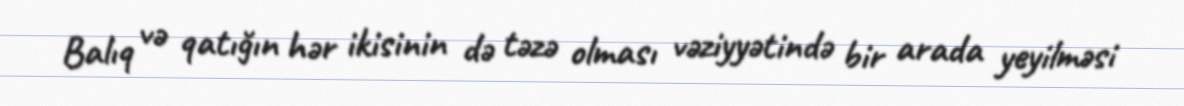
Balıq və qatığın hər ikisinin də təzə olması vəziyyətində bir arada yeyilməsi